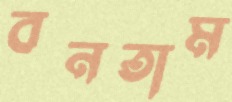
বনতাম